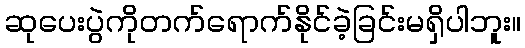
ဆုပေးပွဲကိုတက်ရောက်နိုင်ခဲ့ခြင်းမရှိပါဘူး။